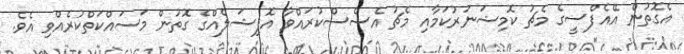
އެގޮތުން އޭއެފްސީގެ މެޗު ކޮމިޝަނަރުކަމާއި މެޗު އެސެސްކުރައްވާ އޮފިޝަލެއްގެ ގޮތުން މަސައްކަތްކުރެއްވި އެވެ.